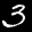
Label: 3